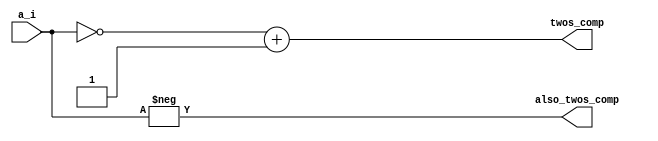
module ca2_dig(
    input [3:0]a_i,
    output [3:0]twos_comp,
    output [3:0]also_twos_comp
    );
    assign twos_comp = ~a_i+1'b1;
    assign also_twos_comp = -a_i;
endmodule